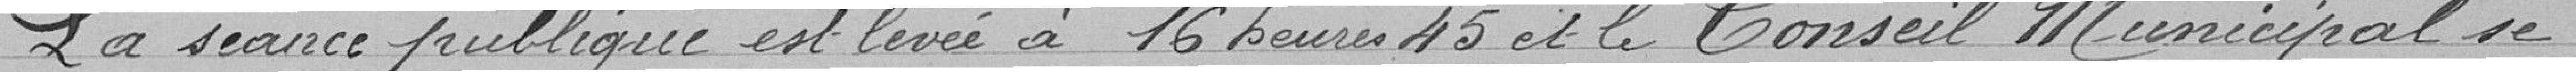
La séance publique est levée à 16 heures 45 et le Conseil Municipal se